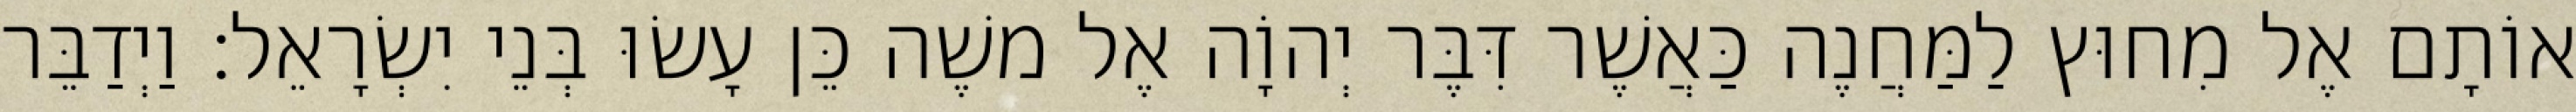
אוֹתָם אֶל מִחוּץ לַמַּחֲנֶה כַּאֲשֶׁר דִּבֶּר יְהוָֹה אֶל משֶׁה כֵּן עָשׂוּ בְּנֵי יִשְׂרָאֵל׃ וַיְדַבֵּר